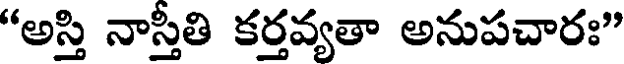
"అస్తి నాస్తీతి కర్తవ్యతా అనుపచారః"